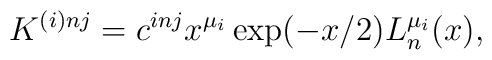
K^{(i)nj} = c^{inj}x^{\mu_{i}}\exp(-x/2) L_{n}^{\mu _{i}}(x),